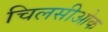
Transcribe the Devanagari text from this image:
चिलसीओक